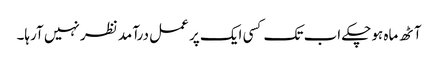
آٹھ ماہ ہوچکے اب تک کسی ایک پر عمل درآمد نظر نہیں آرہا۔